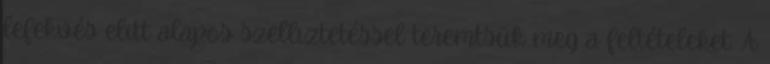
lefekvés elıtt alapos szellıztetéssel teremtsük meg a feltételeket. A